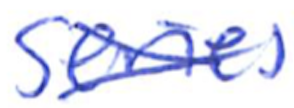
Text: series
Cross-out: cross
Writing tool: ballpoint